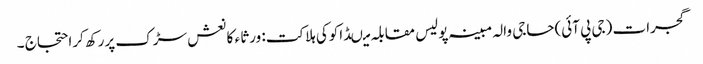
گجرات (جی پی آئی)حاجی والہ مبینہ پولیس مقابلہ میںڈاکوکی ہلاکت: ورثا ء کا نعش سڑک پررکھ کراحتجاج ۔